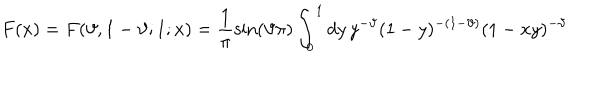
F ( x ) = F ( \vartheta , 1 - \vartheta ; 1 ; x ) = \frac { 1 } { \pi } \sin ( \vartheta \pi ) \int _ { 0 } ^ { 1 } d y \, y ^ { - \vartheta } ( 1 - y ) ^ { - ( 1 - \vartheta ) } ( 1 - x y ) ^ { - \vartheta }